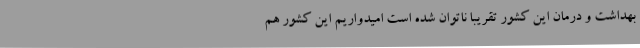
بهداشت و درمان این کشور تقریبا ناتوان شده است امیدواریم این کشور هم